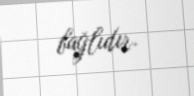
bağlıdır.